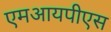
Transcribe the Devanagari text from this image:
एमआयपीएस